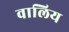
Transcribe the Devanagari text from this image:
वालिय